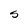
Character: S